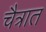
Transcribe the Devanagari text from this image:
चैत्रात